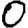
Digit: 0